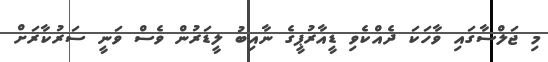
މި ޖަލްސާގައި ވާހަކަ ދެއްކެވި ޑީއާރުޕީގެ ނާއިބު ލީޑަރުން ވެސް ވަނީ ސަރުކާރަށް